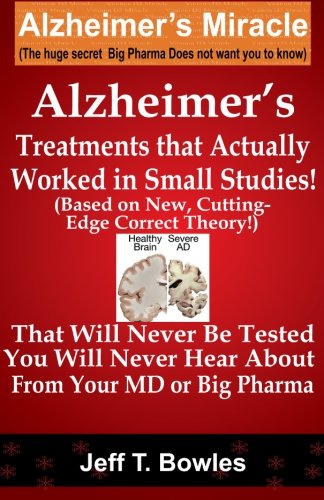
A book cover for Alzheimer's Treatments  That Actually Worked  In Small Studies!  (Based On New, Cutting-Edge,  Correct Theory!)  That Will Never Be Tested &  You Will Never Hear About From Your MD Or Big Pharma !; Jeff T Bowles; Health, Fitness & Dieting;